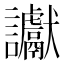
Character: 讞